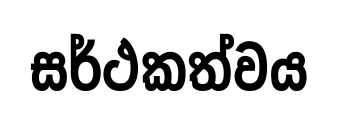
සර්ථකත්වය